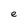
Character: e